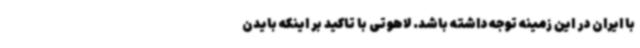
با ایران در این زمینه توجه داشته باشد. لاهوتی با تاکید بر اینکه بایدن